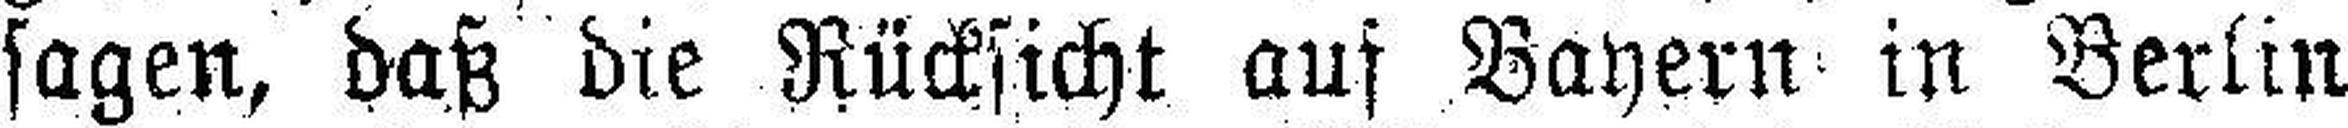
sagen, daß die Rücksicht auf Bayern in Berlin